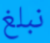
نبلغ